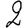
Digit: 2